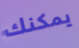
يمكنك